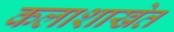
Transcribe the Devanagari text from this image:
कलाशाखेत